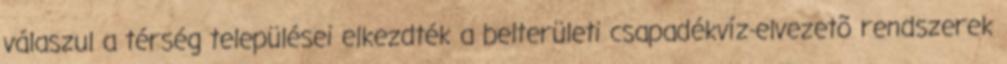
válaszul a térség települései elkezdték a belterületi csapadékvíz-elvezetõ rendszerek